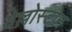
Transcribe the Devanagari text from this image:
येल्लोस्टोन